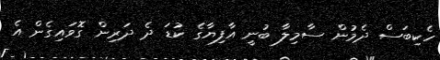
ހެކިބަސް ދެމުން ސާމިލާ ބުނީ އާފިޔާގެ ކުޑަ ދެ ދަރިން ގޮވައިގެން އެ